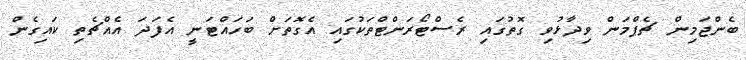
ބެންޖަމިން ޗެޕްމަން ވިދާޅުވި ގޮތުގައި ރެސްޓޯރަންޓްތަކުގައި އެގޮތަށް ބަހައްޓަނީ އެފަދަ އެއްޗެތި ކައިގެން